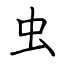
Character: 虫